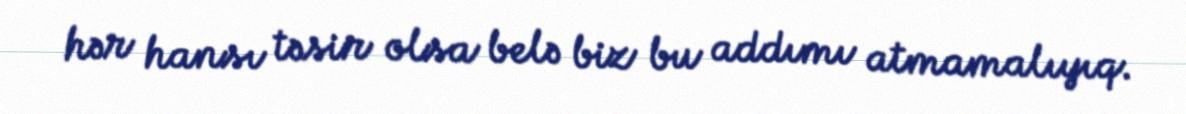
hər hansı təsir olsa belə biz bu addımı atmamalıyıq.